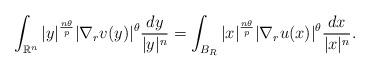
LaTeX: \begin{align*} \int_{\mathbb{R}^n} |y|^{\frac{n\theta}{p}}|\nabla_r v(y)|^{{\theta}} \frac{dy}{|y|^{{n}}}= \int_{{B_{R}}} |x|^{\frac{n\theta}{p}} |\nabla_r u(x)|^{\theta} \frac{dx}{|x|^{{n}}}.\end{align*}